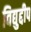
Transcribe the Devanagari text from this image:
विद्युद्दीप